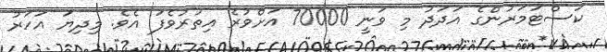
ކަސްޓަމަރުންގެ އަދަދު މި ވަނީ 70000 އަށްވުރެ އިތުރުވެފަ އެވެ. މިދިޔަ އަހަރު